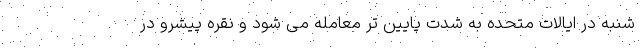
شنبه در ایالات متحده به شدت پایین تر معامله می شود و نقره پیشرو در